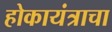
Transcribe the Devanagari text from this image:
होकायंत्राचा